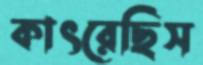
কাৎরেছিস